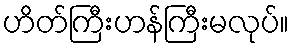
ဟိတ်ကြီးဟန်ကြီးမလုပ်။